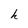
Character: h